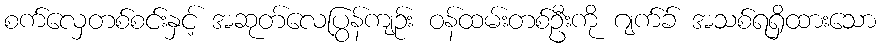
စက်လှေတစ်စင်းနှင့် အဆုတ်လေပြွန်ကျဉ်း ဝန်ထမ်းတစ်ဦးကို ဂျက်ခ် အသစ်ရရှိထားသော